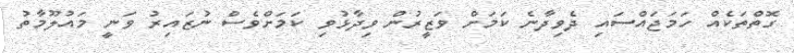
ގޮތްތަކެއް ހަމަޖައްސައި ދެވިދާނެ ކަމަށް ވަޒީރުން ވިދާޅުވި ކަމަށްވެސް ނުޒައިރު ވަނީ މައުލޫމާތު